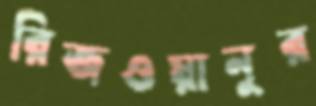
রিজওয়ানুর